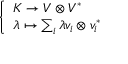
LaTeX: \left\{ \begin{array} { l l } { K \to V \otimes V ^ { * } } \\ { \lambda \mapsto \sum _ { i } \lambda v _ { i } \otimes v _ { i } ^ { * } } \end{array} \right.